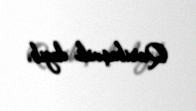
Qaribaşvili deyib.